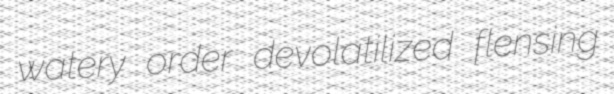
watery order devolatilized flensing